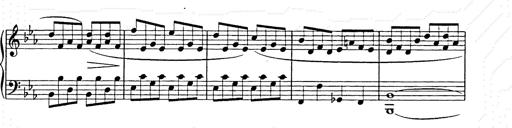
Title: Allegro di bravura
Composer: Carl Maria von Weber
Key: D major